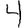
Digit: 4